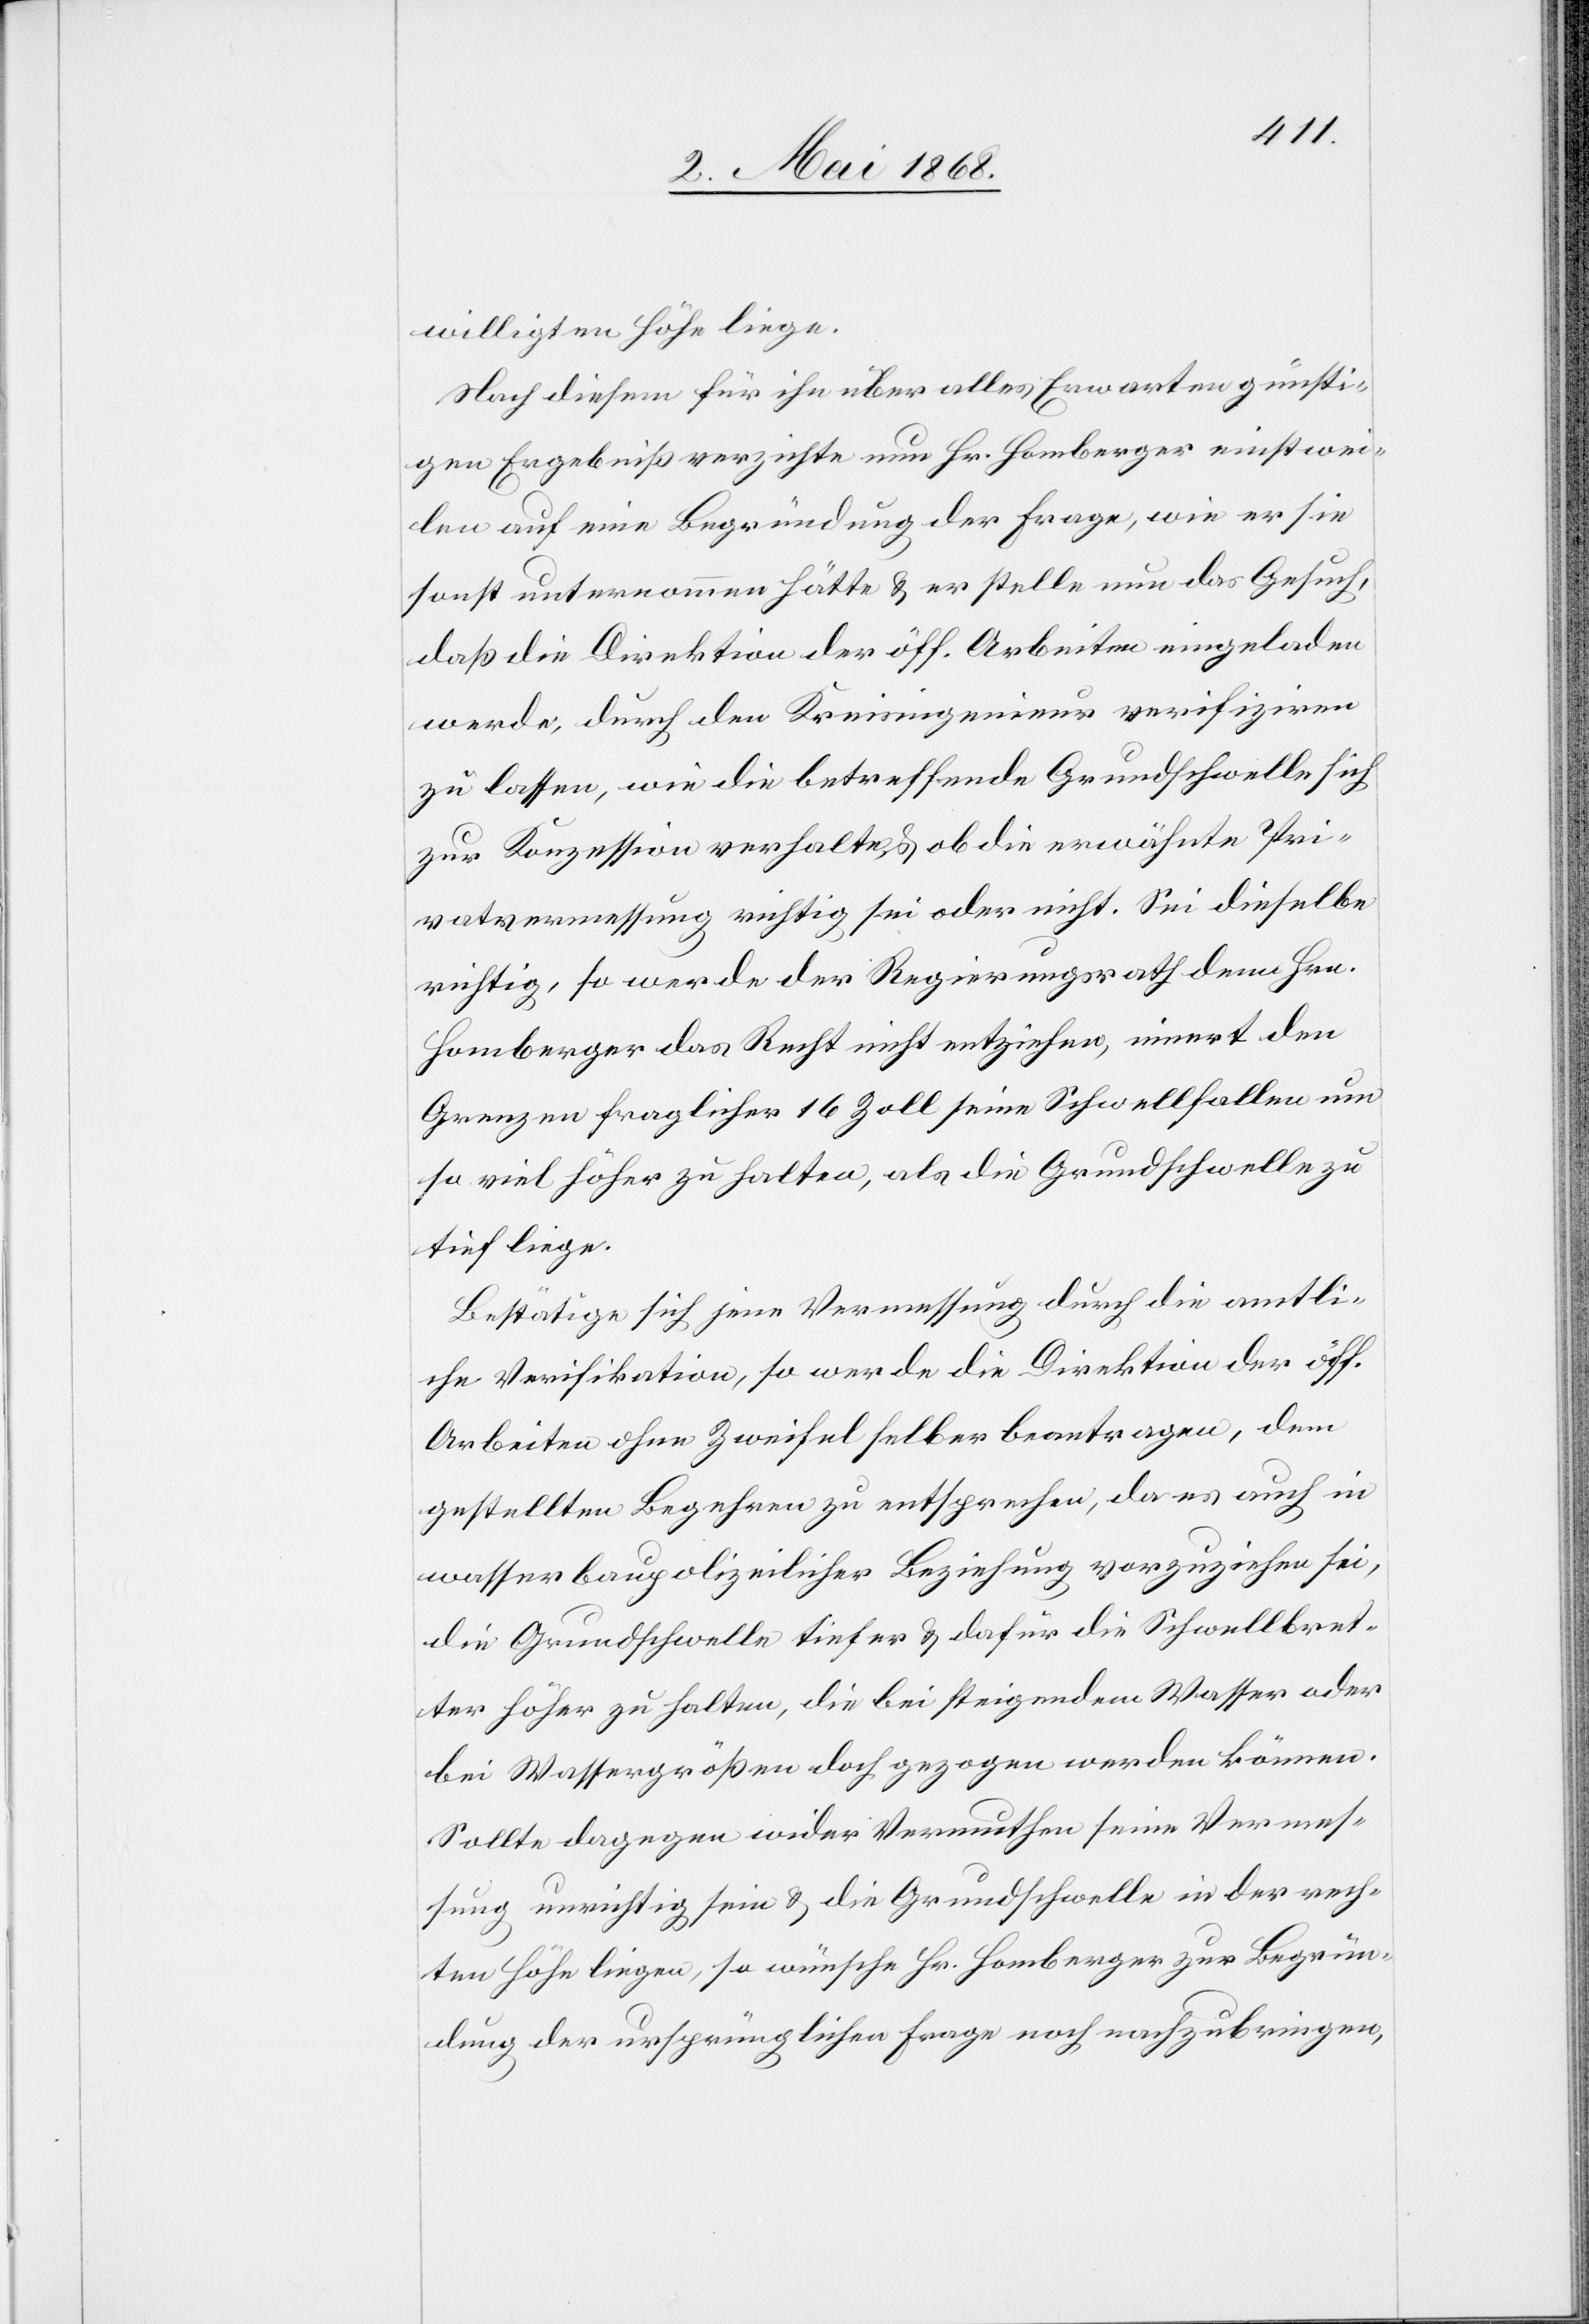
willigten Höhe liege.
Nach diesem für ihn über alles Erwarten günsti¬
gen Ergebniß verzichte nun Hr. Homberger einstwei¬
len auf eine Begründung der Frage, wie er sie
sonst unternommen hätte & er stelle nun das Gesuch,
daß die Direktion der öff. Arbeiten eingeladen
werde, durch den Kreisingenieur verifiziren
zu lassen, wie die betreffende Grundschwelle sich
zur Konzession verhalte & ob die erwähnte Pri¬
vatvermessung richtig sei oder nicht. Sei dieselbe
richtig, so werde der Regierungsrath dem Hrn.
Homberger das Recht nicht entziehen, innert den
Grenzen fraglicher 16 Zoll seine Schwellfallen um
so viel höher zu halten, als die Grundschwelle zu
tief liege.
Bestätige sich jene Vermessung durch die amtli¬
che Verifikation, so werde die Direktion der öff.
Arbeiten ohne Zweifel selber beantragen, dem
gestellten Begehren zu entsprechen, da es auch in
wasserbaupolizeilicher Beziehung vorzuziehen sei,
die Grundschwelle tiefer & dafür die Schwellbret¬
ter höher zu halten, die bei steigendem Wasser oder
bei Wassergrößen doch gezogen werden können.
Sollte dagegen wider Vermuthen seine Vermes¬
sung unrichtig sein & die Grundschwelle in der rech¬
ten Höhe liegen, so wünsche Hr. Homberger zur Begrün¬
dung der ursprünglichen Frage noch nachzubringen,